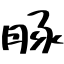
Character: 豚